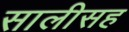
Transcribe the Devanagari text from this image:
सालीसह